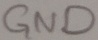
Text: GND